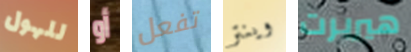
للهول أو تفعل وينتر هيربرت